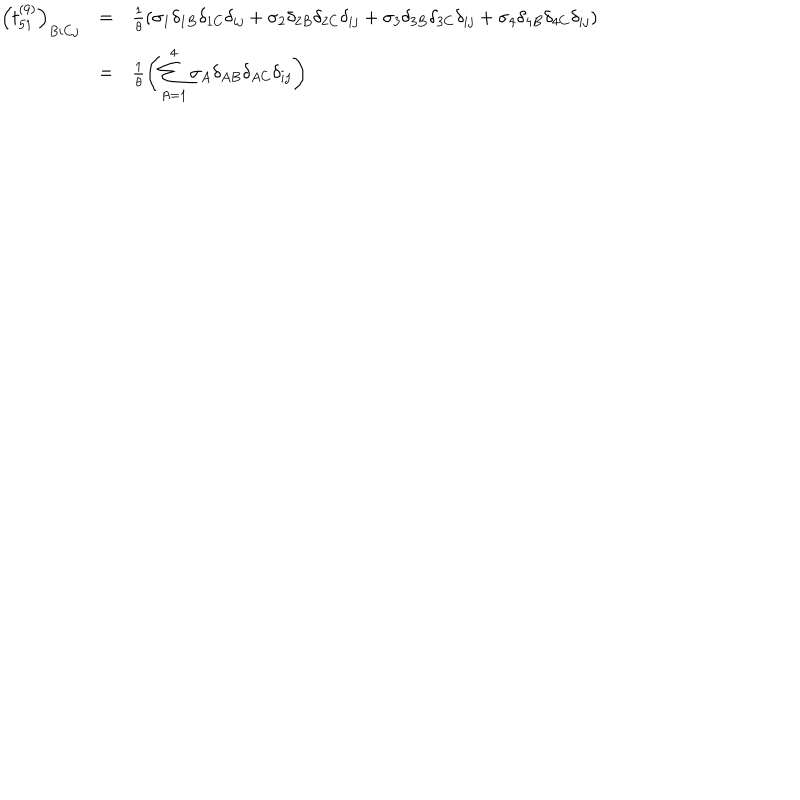
\begin{array} { c c l } { { \left( t _ { 5 1 } ^ { ( 9 ) } \right) _ { B i C j } } } & { { = } } & { { \frac { 1 } { \theta } \left( \sigma _ { 1 } \delta _ { 1 B } \delta _ { 1 C } \delta _ { i j } + \sigma _ { 2 } \delta _ { 2 B } \delta _ { 2 C } \delta _ { i j } + \sigma _ { 3 } \delta _ { 3 B } \delta _ { 3 C } \delta _ { i j } + \sigma _ { 4 } \delta _ { 4 B } \delta _ { 4 C } \delta _ { i j } \right) } } \\ { { } } & { { = } } & { { \frac { 1 } { \theta } \left( \displaystyle \sum _ { A = 1 } ^ { 4 } \sigma _ { A } \delta _ { A B } \delta _ { A C } \delta _ { i j } \right) } } \\ \end{array}